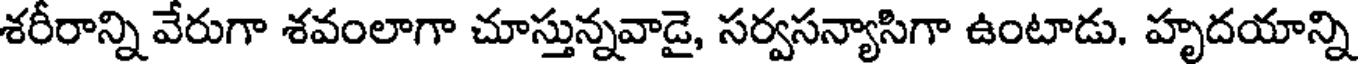
శరీరాన్ని వేరుగా శవంలాగా చూస్తున్నవాడై, సర్వసన్యాసిగా ఉంటాడు. హృదయాన్ని